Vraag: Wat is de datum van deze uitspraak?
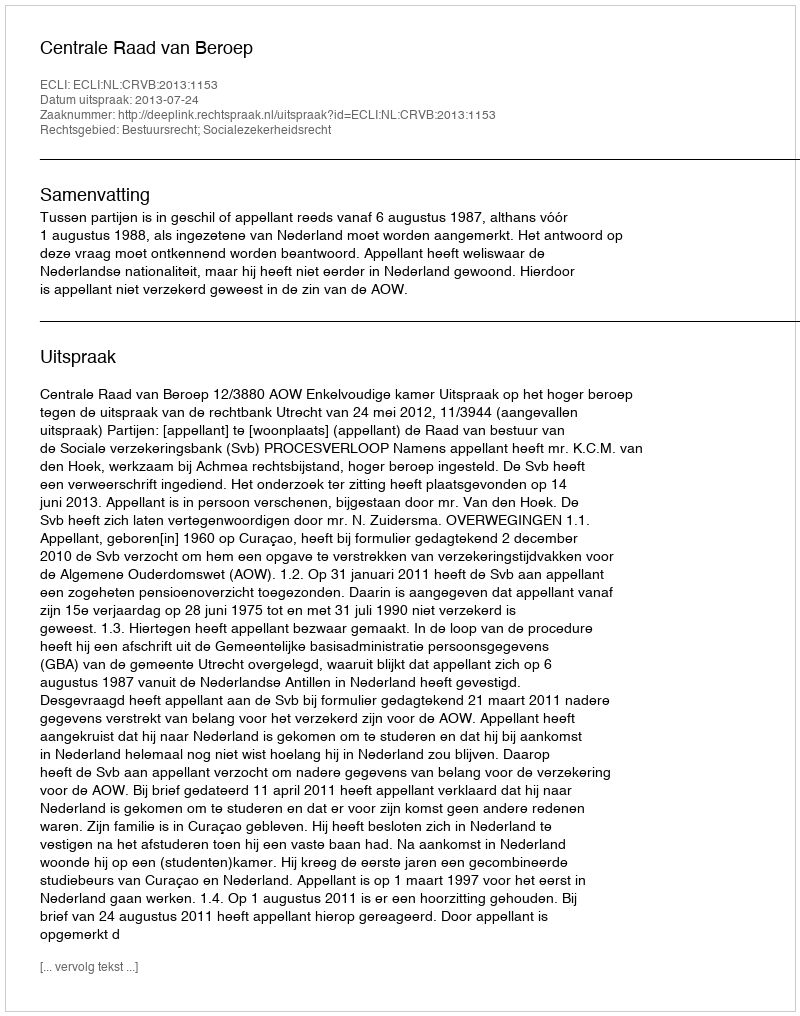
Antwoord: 2013-07-24